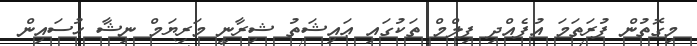
މިގޮތުން ފުރަތަމަ އުފެއްދި ފިލްމް ތަކުގައި ޢައިޝަތު ޝިރާނީ މަރިޔަމް ނިޝާ ޙުސައިން